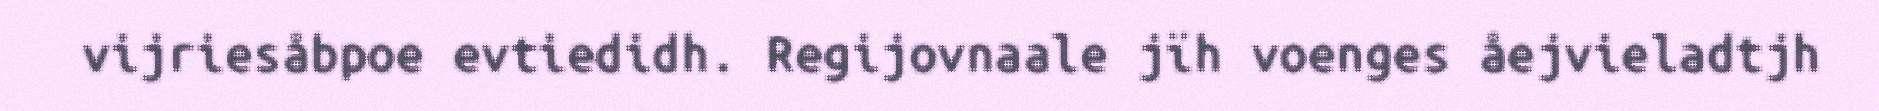
vijriesåbpoe evtiedidh. Regijovnaale jïh voenges åejvieladtjh